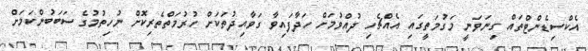
އެކްސިޑެންޓްތައް ގިނަވަނީ މަގުމަތީގައި އެއްޗެހި ދުއްވުމަށް ހަދާފައިވާ ގަވާއިދުތަކަށް ހުރުމަތްތެރިކޮށް ނުހިތުމުގެ ސަބަބުންކަމަށް